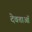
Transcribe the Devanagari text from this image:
देवताऑं